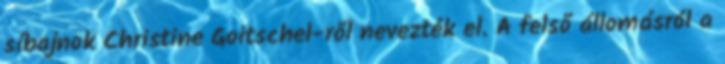
síbajnok Christine Goitschel-ről nevezték el. A felső állomásról a